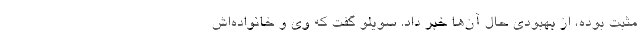
مثبت بوده، از بهبودی حال آن‌ها خبر داد. سویلو گفت که وی و خانواده‌اش